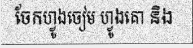
ចែកហ្វូងចៀម ហ្វូងគោ និង